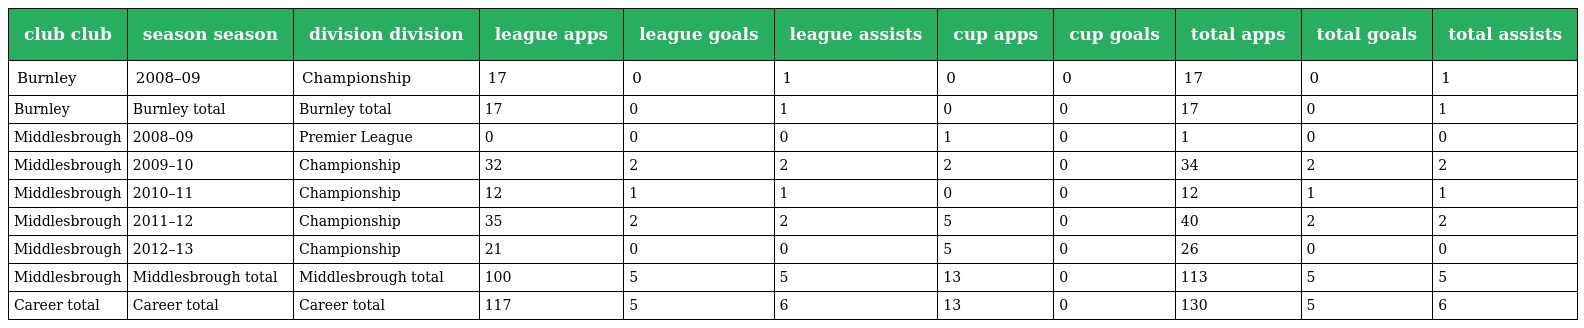
| club club | season season | division division | league apps | league goals | league assists | cup apps | cup goals | total apps | total goals | total assists |
 | --- | --- | --- | --- | --- | --- | --- | --- | --- | --- | --- |
 | Burnley | 2008–09 | Championship | 17 | 0 | 1 | 0 | 0 | 17 | 0 | 1 |
 | Burnley | Burnley total | Burnley total | 17 | 0 | 1 | 0 | 0 | 17 | 0 | 1 |
 | Middlesbrough | 2008–09 | Premier League | 0 | 0 | 0 | 1 | 0 | 1 | 0 | 0 |
 | Middlesbrough | 2009–10 | Championship | 32 | 2 | 2 | 2 | 0 | 34 | 2 | 2 |
 | Middlesbrough | 2010–11 | Championship | 12 | 1 | 1 | 0 | 0 | 12 | 1 | 1 |
 | Middlesbrough | 2011–12 | Championship | 35 | 2 | 2 | 5 | 0 | 40 | 2 | 2 |
 | Middlesbrough | 2012–13 | Championship | 21 | 0 | 0 | 5 | 0 | 26 | 0 | 0 |
 | Middlesbrough | Middlesbrough total | Middlesbrough total | 100 | 5 | 5 | 13 | 0 | 113 | 5 | 5 |
 | Career total | Career total | Career total | 117 | 5 | 6 | 13 | 0 | 130 | 5 | 6 |